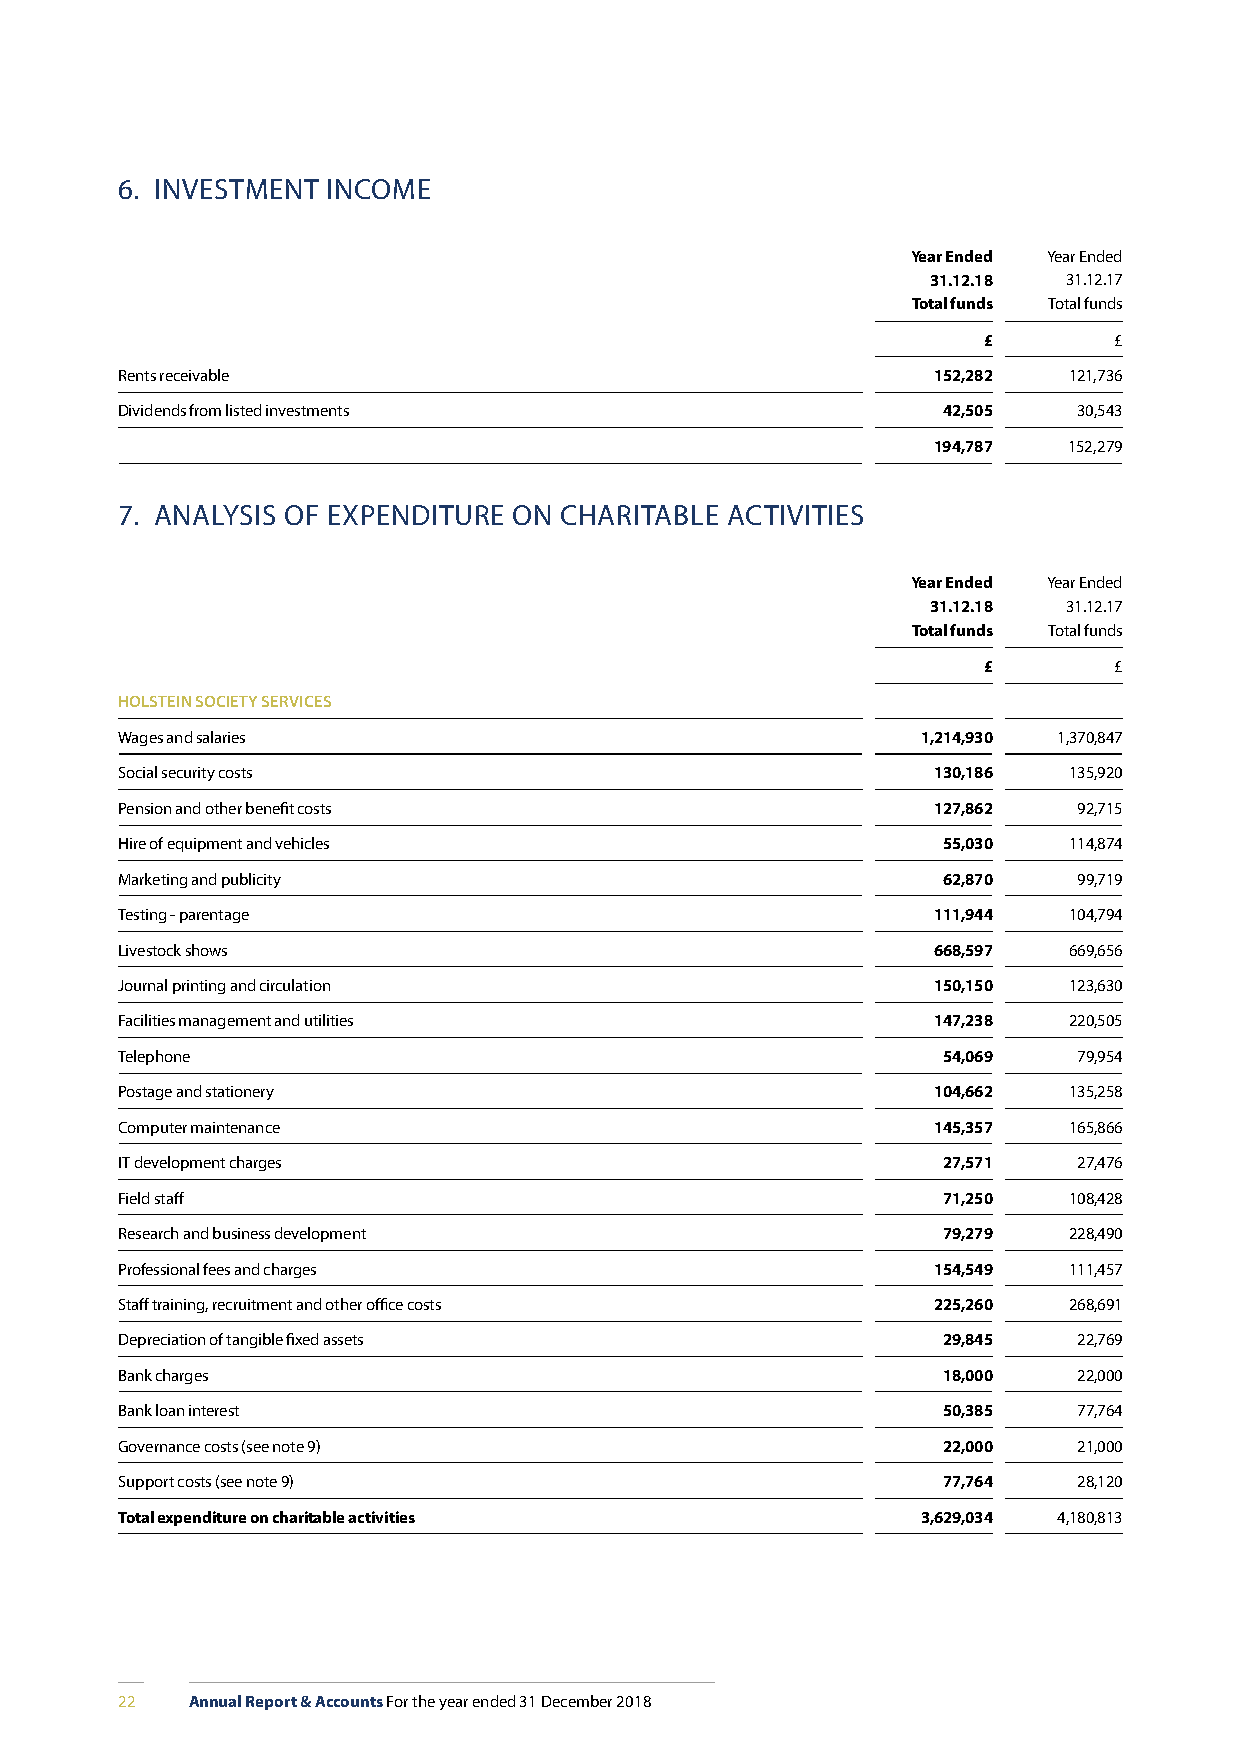
6. INVESTMENT INCOME
 Year Ended Year Ended
 31.12.18 31.12.17
 Total funds Total funds
 £        £
 Rents receivable                                      152,282  121,736
 Dividends from listed investments                     42,505   30,543
 194,787  152,279
 7. ANALYSIS OF EXPENDITURE ON CHARITABLE ACTIVITIES
 Year Ended Year Ended
 31.12.18 31.12.17
 Total funds Total funds
 £        £
 HOLSTEIN SOCIETY SERVICES
 Wages and salaries                                   1,214,930 1,370,847
 Social security costs                                 130,186  135,920
 Pension and other benefit costs                       127,862  92,715
 Hire of equipment and vehicles                        55,030   114,874
 Marketing and publicity                               62,870   99,719
 Testing - parentage                                   111,944  104,794
 Livestock shows                                       668,597  669,656
 Journal printing and circulation                      150,150  123,630
 Facilities management and utilities                   147,238  220,505
 Telephone                                             54,069   79,954
 Postage and stationery                                104,662  135,258
 Computer maintenance                                  145,357  165,866
 IT development charges                                27,571   27,476
 Field staff                                           71,250   108,428
 Research and business development                     79,279   228,490
 Professional fees and charges                         154,549  111,457
 Staff training, recruitment and other office costs    225,260  268,691
 Depreciation of tangible fixed assets                 29,845   22,769
 Bank charges                                          18,000   22,000
 Bank loan interest                                    50,385   77,764
 Governance costs (see note 9)                         22,000   21,000
 Support costs (see note 9)                            77,764   28,120
 Total expenditure on charitable activities           3,629,034 4,180,813
 22   Annual Report & Accounts For the year ended 31 December 2018